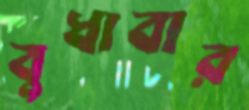
বুধাবার